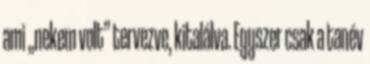
ami „nekem volt” tervezve, kitalálva. Egyszer csak a tanév